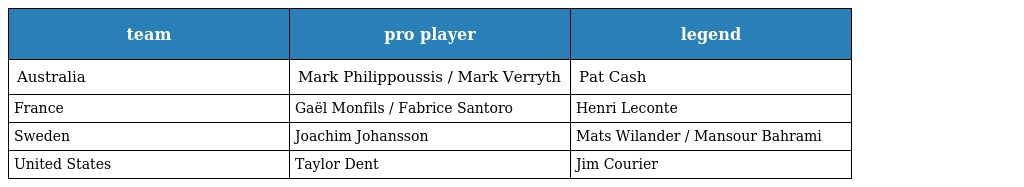
| team | pro player | legend |
 | --- | --- | --- |
 | Australia | Mark Philippoussis / Mark Verryth | Pat Cash |
 | France | Gaël Monfils / Fabrice Santoro | Henri Leconte |
 | Sweden | Joachim Johansson | Mats Wilander / Mansour Bahrami |
 | United States | Taylor Dent | Jim Courier |